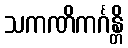
သကဏိကင်္ဂန္တိ